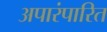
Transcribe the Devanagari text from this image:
अपारंपारित